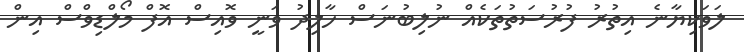
ލަވަކިޔާނެ އިތުރު ފުރުސަތުތަކެއް ނުލިބުނަސް ހާލިދު ވަނީ ވޮއިސް އޮފް މޯލްޑިވްސް އިން